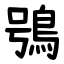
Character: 鴞